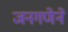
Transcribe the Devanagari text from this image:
जनगणेने